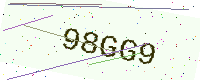
Text: 98GG9